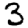
Digit: 3